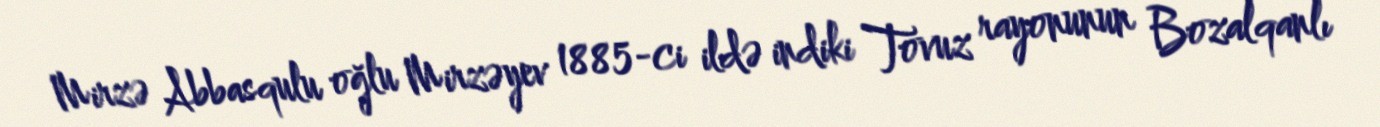
Mirzə Abbasqulu oğlu Mirzəyev 1885-ci ildə indiki Tovuz rayonunun Bozalqanlı